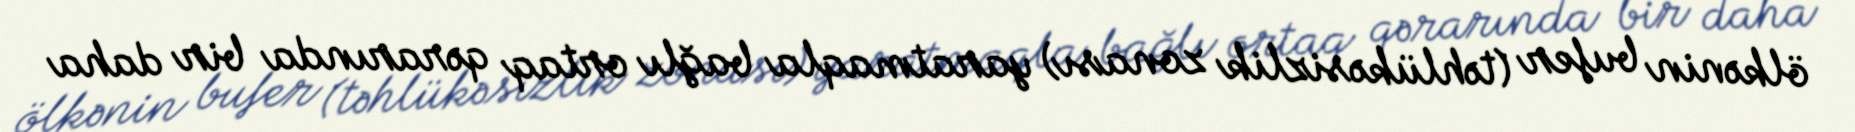
ölkənin bufer (təhlükəsizlik zonası) yaratmaqla bağlı ortaq qərarında bir daha